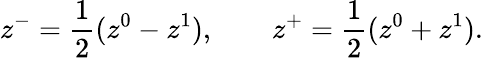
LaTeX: z^{-}=\frac{1}{2}(z^{0}-z^{1}),\qquad z^{+}=\frac{1}{2}(z^{0}+z^{1}).